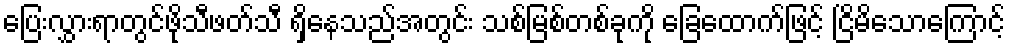
ပြေးလွှားရာတွင်ဖိုသီဖတ်သီ ရှိနေသည်အတွင်း သစ်မြစ်တစ်ခုကို ခြေထောက်ဖြင့် ငြိမိသောကြောင့်